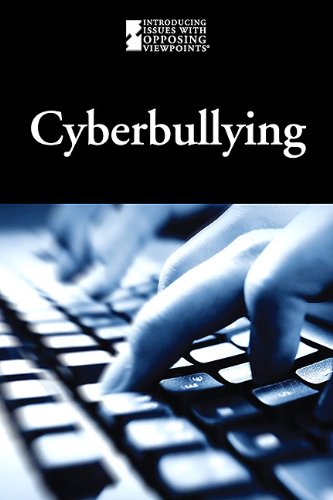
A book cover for Cyberbullying (Introducing Issues with Opposing Viewpoints); Lauri S. Friedman; Teen & Young Adult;